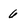
Character: 6